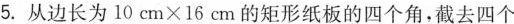
5.从边长为$$1 0 c m × 1 6 c m$$的矩形纸板的四个角，截去四个